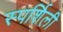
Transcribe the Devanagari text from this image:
स्पर्शिली